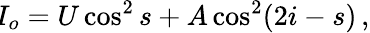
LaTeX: \! I_{o}=U\cos^{2}s+A\cos^{2}(2i-s)\, ,